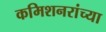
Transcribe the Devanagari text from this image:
कमिशनरांच्या